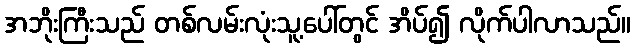
အဘိုးကြီးသည် တစ်လမ်းလုံးသူ့ပေါ်တွင် အိပ်၍ လိုက်ပါလာသည်။